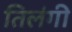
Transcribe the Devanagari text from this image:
तिलंगी